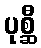
ပုစ္ဆီ